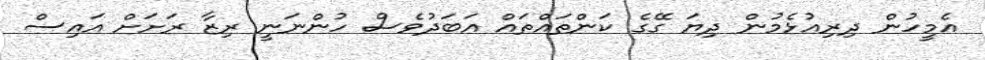
އެމީހުން ދިރިއުޅެމުން ދިޔަ ގޭގެ ކަންތައްތައް އަބަދުވެސް ހުންނަނީ ރިޒާ ރަށަށް އައިސް